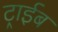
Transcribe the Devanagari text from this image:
ट्राईब